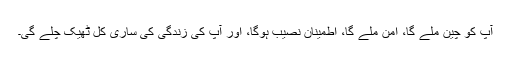
آپ کو چین ملے گا، امن ملے گا، اطمینان نصیب ہوگا، اور آپ کی زندگی کی ساری کل ٹھیک چلے گی۔